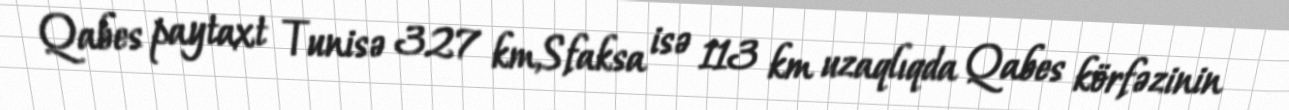
Qabes paytaxt Tunisə 327 km,Sfaksa isə 113 km uzaqlıqda Qabes körfəzinin